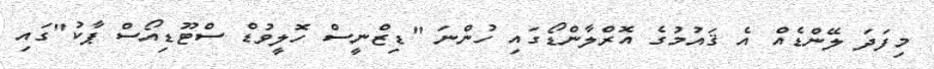
މިފަދަ ލޭންޑެއް އެ ޤައުމުގެ އޮރްލާންޑޯގައި ހުންނަ "ޑިޒްނީސް ހޮލީވުޑް ސްޓޫޑިއޯސް ޕާކު"ގައި